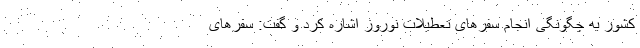
کشور به چگونگی انجام سفرهای تعطیلات نوروز اشاره کرد و گفت: سفرهای